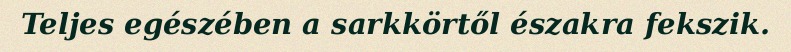
Teljes egészében a sarkkörtől északra fekszik.